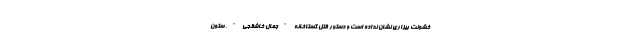
خشونت بیزاری نشان نداده است و دستور قتل گستاخانه "جمال خاشقجی"، ستون